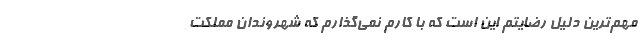
مهم‌ترین دلیل رضایتم این است که با کارم نمی‌گذارم که شهروندان مملکت